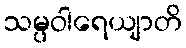
သမ္ပဝါရေယျာတိ